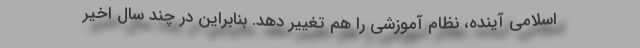
اسلامی آینده، نظام آموزشی را هم تغییر دهد. بنابراین در چند سال اخیر